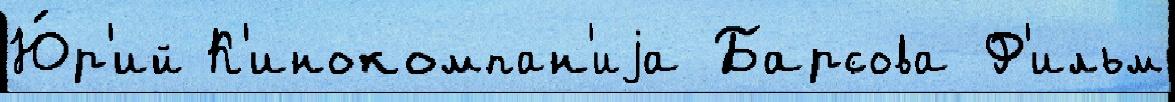
Ю́р'ий К'инокомпан'иjа Барсова Ф'ильм